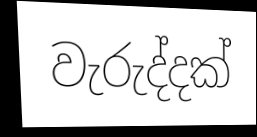
වැරුද්දක්